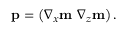
\mathbf { p } = \left( \nabla _ { x } \mathbf { m } ~ \nabla _ { z } \mathbf { m } \right) .